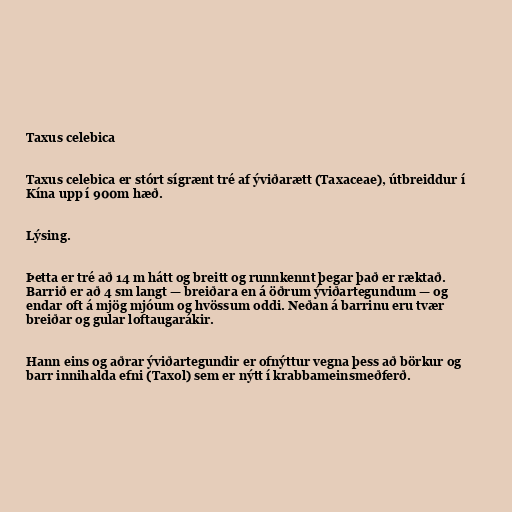
Taxus celebica

Taxus celebica er stórt sígrænt tré af ýviðarætt (Taxaceae), útbreiddur í
Kína upp í 900m hæð.

Lýsing.

Þetta er tré að 14 m hátt og breitt og runnkennt þegar það er ræktað.
Barrið er að 4 sm langt — breiðara en á öðrum ýviðartegundum — og
endar oft á mjög mjóum og hvössum oddi. Neðan á barrinu eru tvær
breiðar og gular loftaugarákir.

Hann eins og aðrar ýviðartegundir er ofnýttur vegna þess að börkur og
barr innihalda efni (Taxol) sem er nýtt í krabbameinsmeðferð.